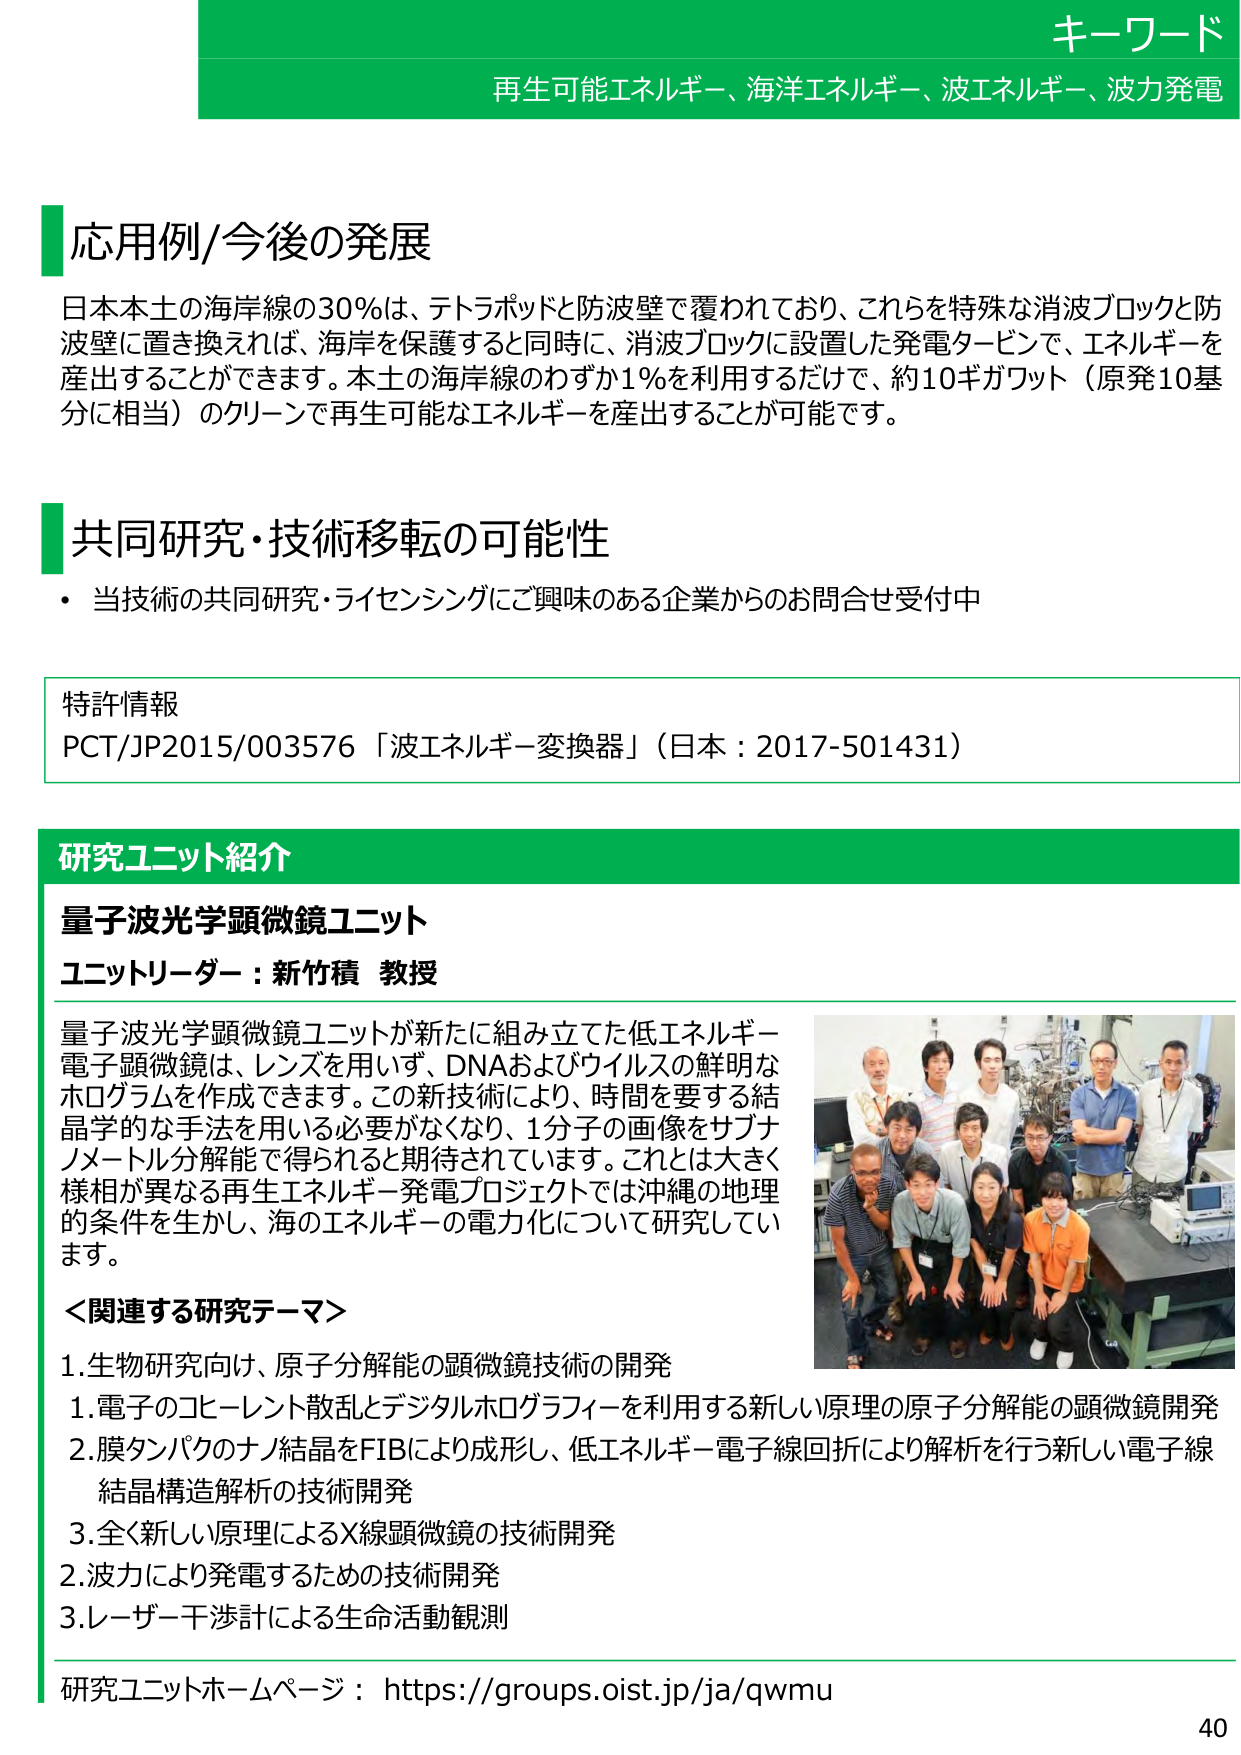
キーワード
再生可能エネルギー、海洋エネルギー、波エネルギー、波力発電

応用例/今後の発展
日本本土の海岸線の30％は、テトラポッドと防波壁で覆われており、これらを特殊な消波ブロックと防波壁に置き換えれば、海岸を保護すると同時に、消波ブロックに設置した発電タービンで、エネルギーを産出することができます。本土の海岸線のわずか1％を利用するだけで、約10ギガワット（原発10基分に相当）のクリーンで再生可能なエネルギーを産出することが可能です。

共同研究・技術移転の可能性
・当技術の共同研究・ライセンシングにご興味のある企業からのお問合せ受付中

特許情報
PCT/JP2015/003576「波エネルギー変換器」（日本：2017-501431）

研究ユニット紹介
量子波光学顕微鏡ユニット
ユニットリーダー：新竹積 教授

量子波光学顕微鏡ユニットが新たに組み立てた低エネルギー電子顕微鏡は、レンズを用いずに、DNAおよびウイルスの鮮明なホログラムを作成できます。この新技術により、時間を要する結晶学的な手法を用いる必要がなくなり、1分子の画像をサブナノメートル分解能で得られることが期待されています。これとは大きく様相が異なる再生エネルギー発電プロジェクトでは沖縄の地理的条件を生かし、海のエネルギーの電力化について研究しています。

＜関連する研究テーマ＞
1. 生物研究向け、原子分解能の顕微鏡技術の開発
　1. 電子のコヒーレント散乱とデジタルホログラフィーを利用する新しい原理の原子分解能の顕微鏡開発
　2. 膜タンパクのナノ結晶をFIBにより成形し、低エネルギー電子線回折により解析を行う新しい電子線結晶構造解析の技術開発
　3. 全く新しい原理によるX線顕微鏡の技術開発
2. 波力により発電するための技術開発
3. レーザー干渉計による生命活動観測

研究ユニットホームページ：https://groups.oist.jp/ja/qwmu

40